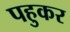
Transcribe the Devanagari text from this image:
पहुकर